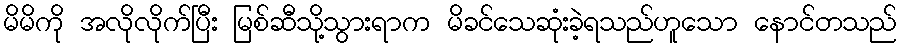
မိမိကို အလိုလိုက်ပြီး မြစ်ဆီသို့သွားရာက မိခင်သေဆုံးခဲ့ရသည်ဟူသော နောင်တသည်